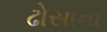
ઢોસાના